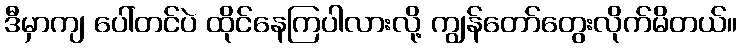
ဒီမှာကျ ပေါ်တင်ပဲ ထိုင်နေကြပါလားလို့ ကျွန်တော်တွေးလိုက်မိတယ်။